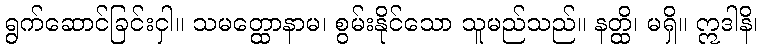
ရွက်ဆောင်ခြင်းငှါ။ သမတ္ထောနာမ၊ စွမ်းနိုင်သော သူမည်သည်။ နတ္ထိ၊ မရှိ။ ဣဒါနိ၊